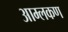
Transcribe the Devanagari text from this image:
आम्लकण